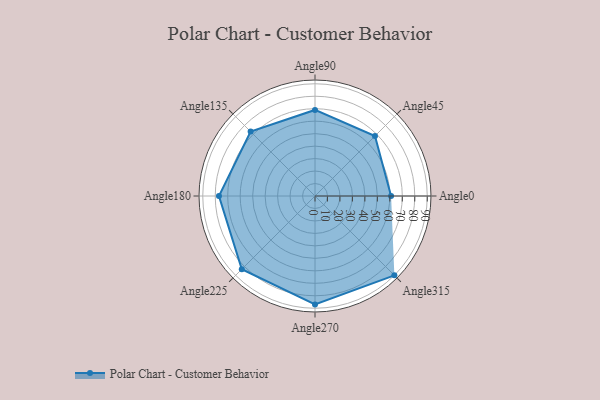
{"axis": {"x": "Angle", "y": "Radius"}, "legend": [""], "data": [{"x": "Angle0", "y": 61.0, "type": ""}, {"x": "Angle45", "y": 68.0, "type": ""}, {"x": "Angle90", "y": 69.0, "type": ""}, {"x": "Angle135", "y": 73.0, "type": ""}, {"x": "Angle180", "y": 77.0, "type": ""}, {"x": "Angle225", "y": 83.0, "type": ""}, {"x": "Angle270", "y": 87.0, "type": ""}, {"x": "Angle315", "y": 90.0, "type": ""}]}